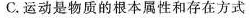
C.运动是物质的根本属性和存在方式